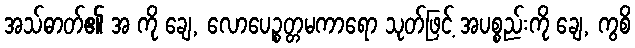
အသ်ဓာတ်၏ အ ကို ချေ, လောပေဉ္စတ္တမကာရော သုတ်ဖြင့် အပစ္စည်းကို ချေ, ကွစိ